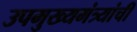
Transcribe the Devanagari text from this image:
उपमुख्यमंत्र्यांची